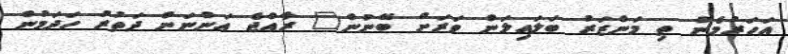
އަހަރުމެން ތި މަންޒަރު ބަލައިލަން ވަރަށް ބޭނުން" ރާއްޖެ އަންނަން ދަތުރު ހަދަމުން